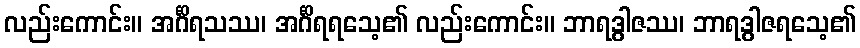
လည်းကောင်း။ အင်္ဂိရသဿ၊ အင်္ဂိရရသေ့၏ လည်းကောင်း။ ဘာရဒွါဇဿ၊ ဘာရဒွါဇရသေ့၏